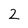
Character: 2